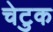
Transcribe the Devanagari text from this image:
चेटुक